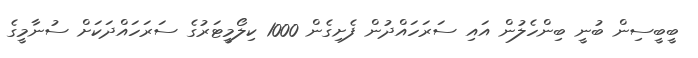
ބީބީސިން ބުނީ ބިންހެލުން އައި ސަރަހައްދުން ފެށިގެން 1000 ކިލޯމީޓަރުގެ ސަރަހައްދަކަށް ސުނާމީގެ